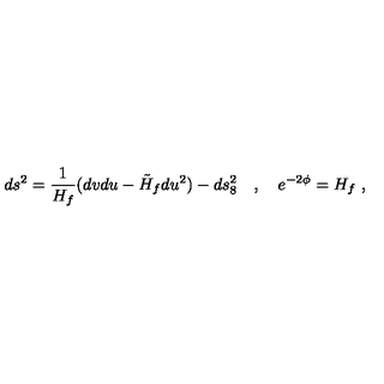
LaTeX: d s ^ { 2 } = \frac { 1 } { H _ { f } } ( d v d u - \tilde { H } _ { f } d u ^ { 2 } ) - d s _ { 8 } ^ { 2 } \quad , \quad e ^ { - 2 \phi } = H _ { f } \ ,